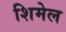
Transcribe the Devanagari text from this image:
शिमेल